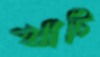
খাটি